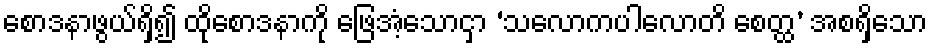
စောဒနာဖွယ်ရှိ၍ ထိုစောဒနာကို ဖြေအံ့သောငှာ ‘သလောကပါလောတိ စေတ္ထ’ အစရှိသော